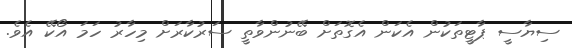
ސިޔާސީ ޕާޓީތަކުން އެކަން އެގޮތަށް ބޭނުންވާތީ ސަރުކާރަށް މިހާރު ހަމަ އޯކޭ އެވެ.